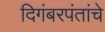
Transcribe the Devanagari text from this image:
दिगंबरपंतांचे